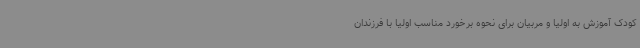
کودک آموزش به اولیا و مربیان برای نحوه برخورد مناسب اولیا با فرزندان